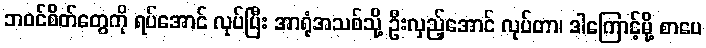
ဘဝင်စိတ်တွေကို ရပ်အောင် လုပ်ပြီး အာရုံအသစ်သို့ ဦးလှည့်အောင် လုပ်တာ၊ ဒါကြောင့်မို့ စာပေ